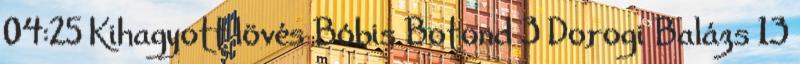
04:25 Kihagyott lövés Bóbis Botond 3 Dorogi Balázs 13